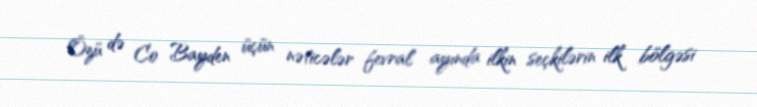
Özü də Co Bayden üçün nəticələr fevral ayında ilkin seçkilərin ilk bölgəsi